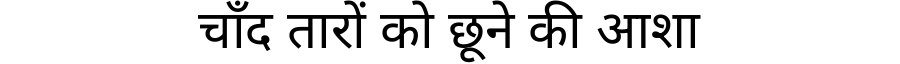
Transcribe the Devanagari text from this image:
चाँद तारों को छूने की आशा